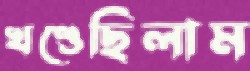
খণ্ডেছিলাম